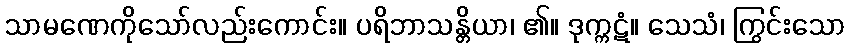
သာမဏေကိုသော်လည်းကောင်း။ ပရိဘာသန္တိယာ၊ ၏။ ဒုက္ကဋံ။ သေသံ၊ ကြွင်းသော